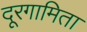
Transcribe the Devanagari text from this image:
दूरगामिता